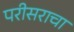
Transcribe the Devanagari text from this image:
परीसराचा